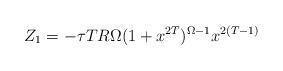
LaTeX: \begin{align*}Z_1 = -\tau T R\Omega (1+x^{2T})^{\Omega-1} {x^{2(T-1)}}\end{align*}